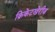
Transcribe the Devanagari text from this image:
क्रिकेटखेरीज